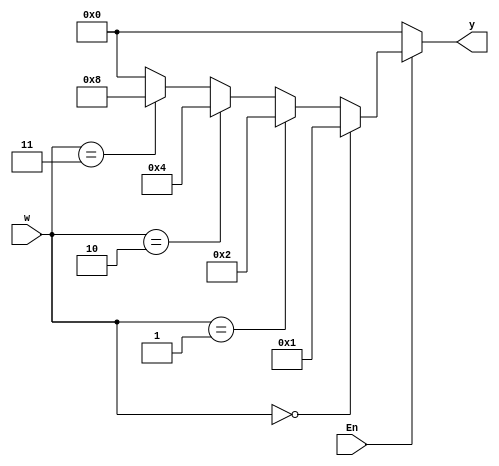
//2 to 4 binary decoder
module if2to4(En,w,y);
	input En;            //Enable input
	input [1:0] w;       //2 input w
	output reg [3:0] y;  
	/*4 output reg y , it is also declared 
	as register because it will be used inside always block  
	*/
	/*	behaviroural model inside the always block
		@(*) sensitivity list denotes that the code 
		will execute when at least 1 input port is on.
		In this case, the circuit will only works if the 
		Enable input is on and it satisfies the condition
	*/
	always @(*)begin
		y = 0;  //initial value of y as 0
		
		//the Enable input must be on
		if(En) begin
					//decoder logic if-else as follows
				  if(w == 2'b00) 
						y = 4'b0001;
			else if(w == 2'b01) 
						y = 4'b0010;
			else if(w == 2'b10) 
						y = 4'b0100;
			else if(w == 2'b11)
						y = 4'b1000;
			else
						y = 0; //the output will be 0 if the w is x or z value
		end
	end
endmodule